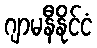
ဂျာမနီနိုင်ငံ